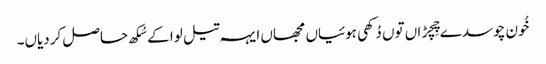
خُون چوسدے چِچڑاں توں دُکھی ہوئیاں مجھاں ایہہ تیل لوا کے سُکھ حاصل کردیاں۔